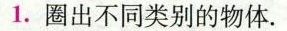
1.圈出不同类别的物体。